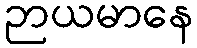
ဉာယမာနေ